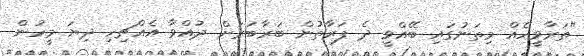
"ތަރާވީހެއް މިތަނުގައި ބޭއްވީ ދެ ފަރާތުން ބަރާބަރަށް ދުއްވާ އެއްޗިހި ދިޔަ މީހުން